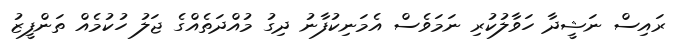
ރައިސް ނަޝީދާ ހަވާލުކުރި ނަމަވެސް އެމަނިކުފާނު ދިގު މުއްދަތެއްގެ ޖަލު ހުކުމެއް ތަންފީޒު